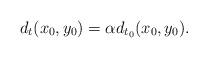
LaTeX: \begin{align*} d_t (x_0, y_0) = \alpha d_{t_0} (x_0, y_0).\end{align*}